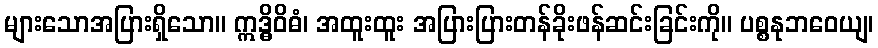
များသောအပြားရှိသော။ ဣဒ္ဓိဝိဓံ၊ အထူးထူး အပြားပြားတန်ခိုးဖန်ဆင်းခြင်းကို။ ပစ္စနုဘဝေယျ၊